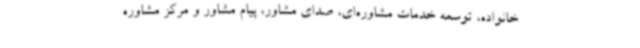
خانواده، توسعه خدمات مشاوره‌ای، صدای مشاور، پیام مشاور و مرکز مشاوره